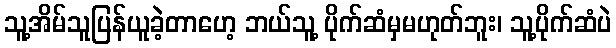
သူ့အိမ်သူပြန်ယူခဲ့တာဟေ့ ဘယ်သူ့ ပိုက်ဆံမှမဟုတ်ဘူး၊ သူ့ပိုက်ဆံပဲ